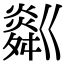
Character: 𤏞